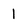
Character: 1